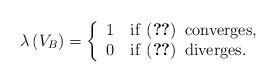
LaTeX: \begin{align*}\lambda\left(V_{B}\right)=\biggl\{\begin{array}{l}1\quad\mathrm{if}~\eqref{eq: series involving the comparison of growth in Borel-Bernstein theorem}\,\mathrm{~converges,}\\0\quad\mathrm{if}~\eqref{eq: series involving the comparison of growth in Borel-Bernstein theorem}\,\mathrm{~diverges.}\end{array}\end{align*}